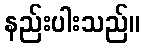
နည်းပါးသည်။